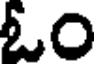
ఓం